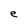
Character: e